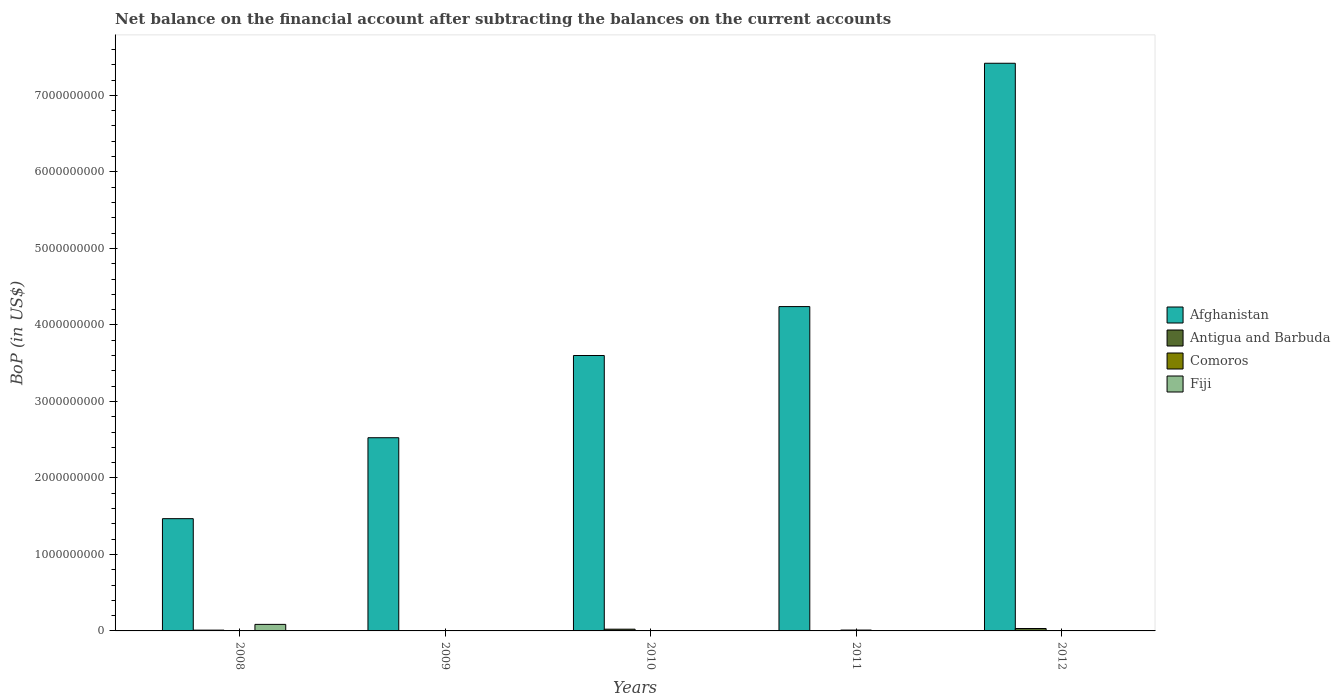
| Years | Afghanistan | Antigua and Barbuda | Comoros | Fiji |
 | --- | --- | --- | --- | --- |
 | 2008 | 1.47e+09 | 1.04e+07 | -1.44e+07 | 8.55e+07 |
 | 2009 | 2.53e+09 | -1.18e+06 | 4.08e+06 | -1.38e+08 |
 | 2010 | 3.6e+09 | 2.28e+07 | 3.42e+06 | -1.46e+07 |
 | 2011 | 4.24e+09 | -1.31e+07 | 1.13e+07 | -1.01e+08 |
 | 2012 | 7.42e+09 | 3.15e+07 | 1.39e+06 | -1.23e+08 |